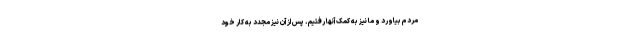
مردم بیاورد و ما نیز به کمک آنها رفتیم. پس از آن نیز مجدد به کار خود